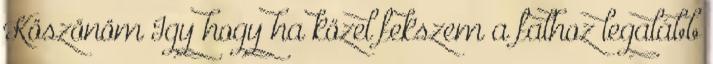
Köszönöm Igy hogy ha közel fekszem a falhoz legalább